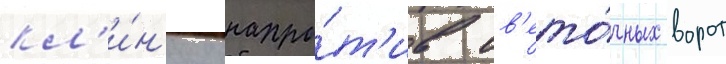
кл'и́н'ику напро́т'ив цв'ето́чных ворот